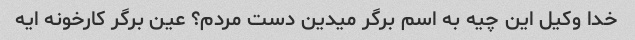
خدا وکیل این چیه به اسم برگر میدین دست مردم؟ عین برگر کارخونه ایه